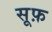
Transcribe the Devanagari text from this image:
सूफ़